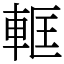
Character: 軭